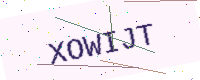
Text: XOWIJT